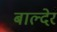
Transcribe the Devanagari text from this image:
बाल्देर